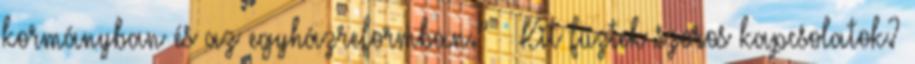
kormányban és az egyházreformban.” – Kit fűztek szoros kapcsolatok?